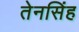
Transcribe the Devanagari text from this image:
तेनसिंह